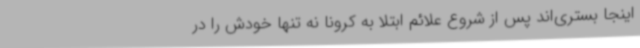
اینجا بستری‌اند پس از شروع علائم ابتلا به کرونا نه تنها خودش را در